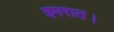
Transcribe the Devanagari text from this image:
इमरात।